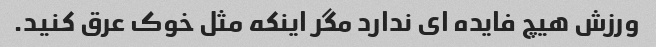
ورزش هیچ فایده ای ندارد مگر اینکه مثل خوک عرق کنید.